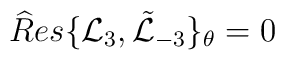
{\widehat Res}\{ {\mathcal L }_{3}, \tilde {\mathcal L}_{-3}\}_{\theta}=0